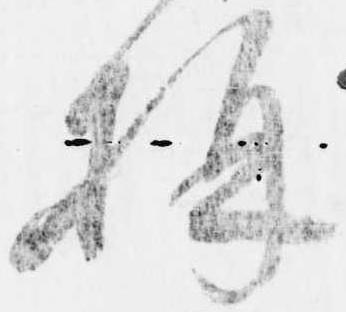
構